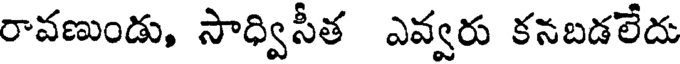
రావణుండు, సాధ్విసీత ఎవ్వరు కనబడలేదు